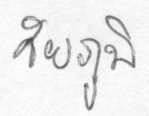
ชัยภูมิ